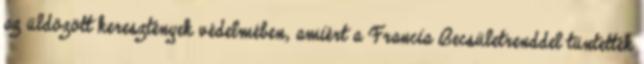
az üldözött keresztények védelmében, amiért a Francia Becsületrenddel tüntették